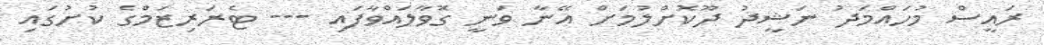
ރައީސް މުހައްމަދު ނަޝީދު ދޫކޮށްލުމަށް އޭނާ ވަނީ ގޮވާލައްވާފައި --- ޓެރަރިޒަމްގެ ކުށުގައި